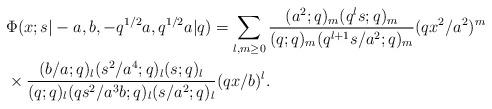
LaTeX: \begin{align*}&\Phi(x;s|-a,b,-q^{1/2} a,q^{1/2} a|q)=\sum_{l,m\geq 0}{(a^2;q)_m(q^l s;q)_m\over (q;q)_m(q^{l+1}s/a^2;q)_m} (q x^2/a^2)^m\\&\times{(b/a;q)_l(s^2/a^4;q)_l (s;q)_l\over (q;q)_l (qs^2/a^3b;q)_l (s/a^2;q)_l }(qx/b)^l. \end{align*}